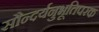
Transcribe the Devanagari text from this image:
सौन्दर्यनुभूतिपरक